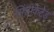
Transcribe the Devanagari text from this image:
सिंडीकेटेड